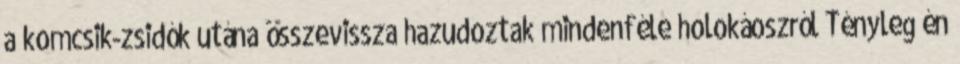
a komcsik-zsidók utána összevissza hazudoztak mindenféle holokáoszról Tényleg én